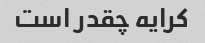
کرایه چقدر است